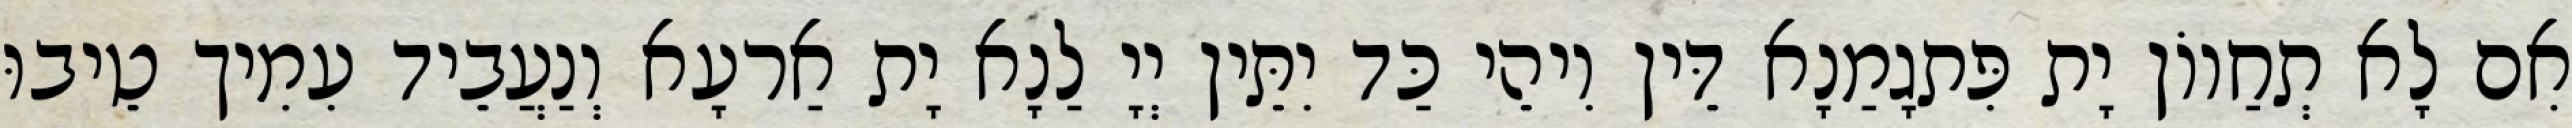
אִם לָא תְחַווֹן יָת פִּתגָמַנָא דֵּין וִיהֵי כַּד יִתֵּין יְיָ לַנָא יָת אַרעָא וְנַעֲבֵיד עִמִיך טֵיבוּ